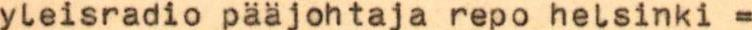
yleisradio pääjohtaja repo helsinki =